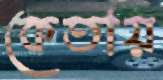
কেতায়